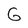
Character: G